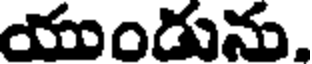
యుండును.